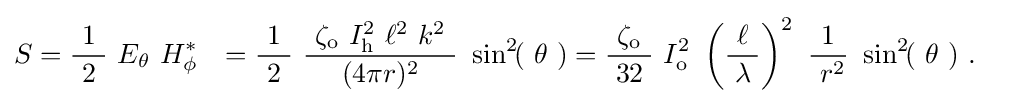
{\begin{aligned}S&={\frac {\ 1\ }{2}}\ E_{\mathrm {\theta } }\ H_{\mathrm {\phi } }^{*}&={\frac {\ 1\ }{2}}\ {\frac {\ \zeta _{\mathrm {o} }\ I_{\mathrm {h} }^{2}\ \ell ^{2}\ k^{2}\ }{(4\pi r)^{2}}}\ \sin ^{2}\!(\ \theta \ )&={\frac {\ \zeta _{\mathrm {o} }\ }{32}}\ I_{\mathrm {o} }^{2}\ \left({\frac {\ \ell \ }{\lambda }}\right)^{2}\ {\frac {1}{\ r^{2}}}\ \sin ^{2}\!(\ \theta \ )~.\end{aligned}}